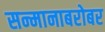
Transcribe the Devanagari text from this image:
सन्मानाबरोबर